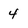
Character: 4